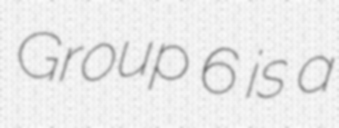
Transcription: Group 6 is a